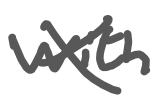
Text: with
Cross-out: cross
Writing tool: digital_gray